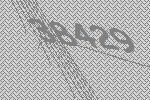
38429